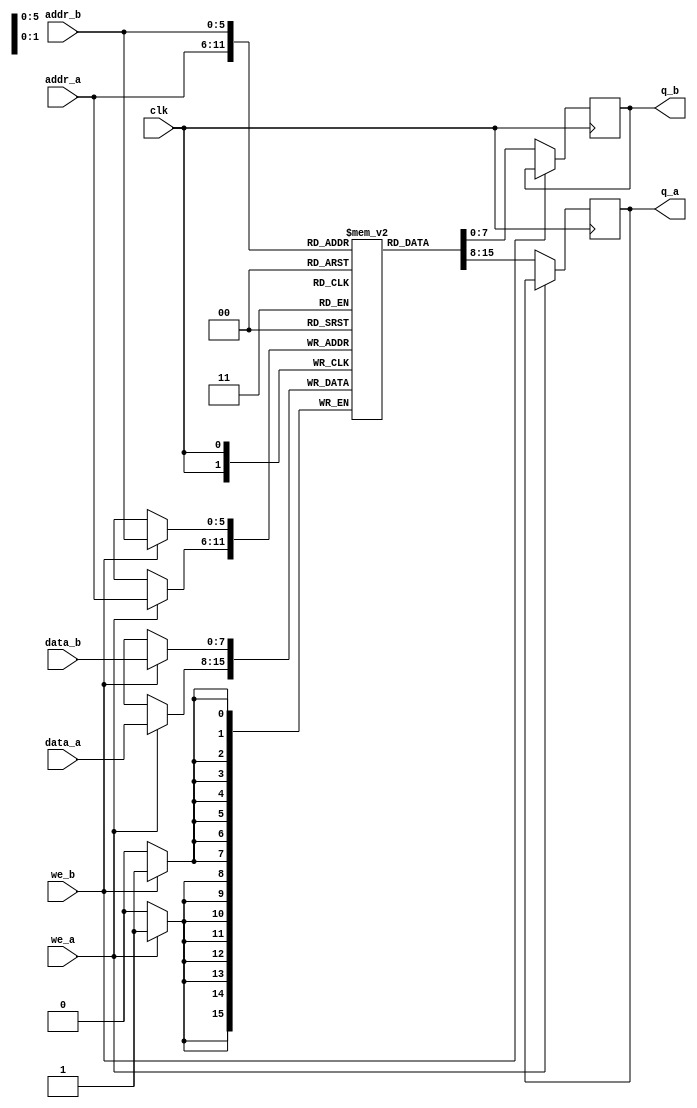
module dual_port_ram(
  input [7:0] data_a, data_b, 
  input [5:0] addr_a, addr_b, 
  input we_a, we_b, 
  input clk, 
  output reg [7:0] q_a, q_b 
);
  
  reg [7:0] ram [63:0]; 

 
  always @ (posedge clk)
    begin
      if(we_a)
        ram[addr_a] <= data_a;
      else
        q_a <= ram[addr_a]; 
    end
  
  always @ (posedge clk)
    begin
      if(we_b)
        ram[addr_b] <= data_b;
      else
        q_b <= ram[addr_b]; 
    end
endmodule